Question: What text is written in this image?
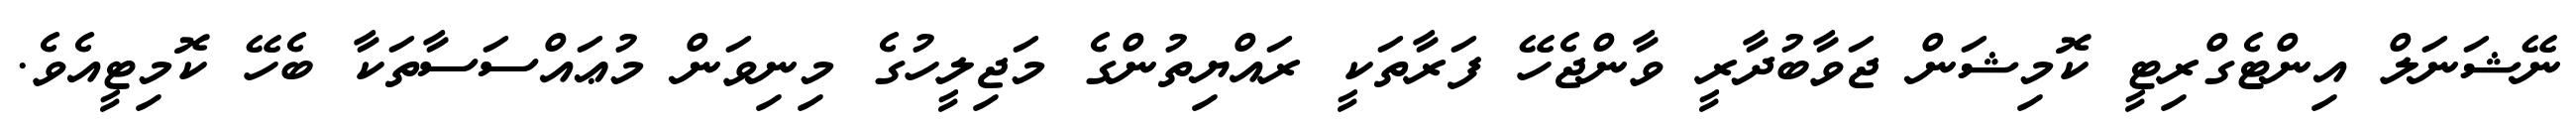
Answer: ނޭޝަނަލް އިންޓެގްރިޓީ ކޮމިޝަން ޖަވާބުދާރީ ވާންޖެހޭ ފަރާތަކީ ރައްޔިތުންގެ މަޖިލީހުގެ މިނިވަން މުޢައްސަސާތަކާ ބެހޭ ކޮމިޓީއެވެ.